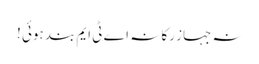
نہ جہاز رکا نہ اے ٹی ایم بند ہوئی !